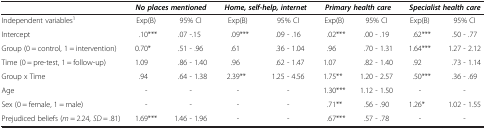
<table><thead><tr><td><b> </b></td><td colspan="2"><b><i>No places mentioned</i></b></td><td colspan="2"><b><i>Home, self-help, internet</i></b></td><td colspan="2"><b><i>Primary health care</i></b></td><td colspan="2"><b><i>Specialist health care</i></b></td></tr></thead><tbody><tr><td>Independent variables<sup>1</sup></td><td>Exp(B)</td><td>95% CI</td><td>Exp(B)</td><td>95% CI</td><td>Exp(B)</td><td>95% CI</td><td>Exp(B)</td><td>95% CI</td></tr><tr><td>Intercept</td><td>.10***</td><td>.07 -.15</td><td>.09***</td><td>.09 - .16</td><td>.02***</td><td>.00 - .19</td><td>.62***</td><td>.50 - .77</td></tr><tr><td>Group (0 = control, 1 = intervention)</td><td>0.70*</td><td>.51 - .96</td><td>.61</td><td>.36 - 1.04</td><td>.96</td><td>.70 - 1.31</td><td>1.64***</td><td>1.27 - 2.12</td></tr><tr><td>Time (0 = pre-test, 1 = follow-up)</td><td>1.09</td><td>.86 - 1.40</td><td>.96</td><td>.62 - 1.47</td><td>1.07</td><td>.82 - 1.40</td><td>.92</td><td>.73 - 1.14</td></tr><tr><td>Group x Time</td><td>.94</td><td>.64 - 1.38</td><td>2.39**</td><td>1.25 - 4.56</td><td>1.75**</td><td>1.20 - 2.57</td><td>.50***</td><td>.36 - .69</td></tr><tr><td>Age</td><td>-</td><td>-</td><td>-</td><td>-</td><td>1.30***</td><td>1.12 - 1.50</td><td>-</td><td>-</td></tr><tr><td>Sex (0 = female, 1 = male)</td><td>-</td><td>-</td><td>-</td><td>-</td><td>.71**</td><td>.56 - .90</td><td>1.26*</td><td>1.02 - 1.55</td></tr><tr><td>Prejudiced beliefs (<i>m</i> = 2.24, <i>SD</i> = .81)</td><td>1.69***</td><td>1.46 - 1.96</td><td>-</td><td>-</td><td>.67***</td><td>.57 - .78</td><td>-</td><td>-</td></tr></tbody></table>